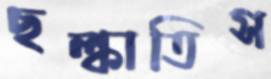
ছল্‌কাতিস